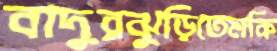
বাদুরঝুড়িতেমকি